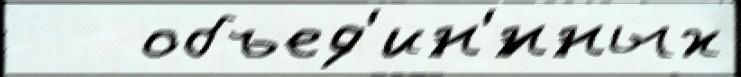
   объед'ин'́нных